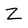
Character: Z